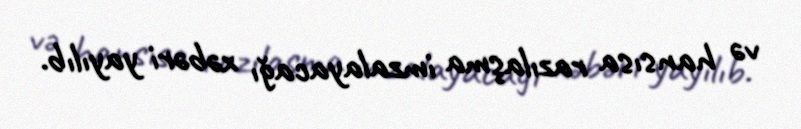
və hansısa razılaşma imzalayacağı xəbəri yayılıb.